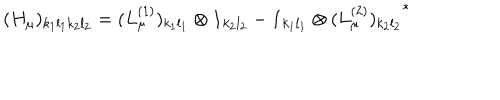
LaTeX: ( H _ { \mu } ) _ { k _ { 1 } l _ { 1 } k _ { 2 } l _ { 2 } } = ( L _ { \mu } ^ { ( 1 ) } ) _ { k _ { 1 } l _ { 1 } } \otimes { \bf 1 } _ { k _ { 2 } l _ { 2 } } - { \bf 1 } _ { k _ { 1 } l _ { 1 } } \otimes { ( L _ { \mu } ^ { ( 2 ) } ) _ { k _ { 2 } l _ { 2 } } } ^ { * }